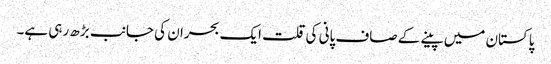
پاکستان میں پینے کے صاف پانی کی قلت ایک بحران کی جانب بڑھ رہی ہے۔